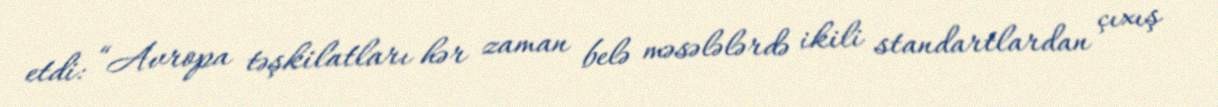
etdi: “Avropa təşkilatları hər zaman belə məsələlərdə ikili standartlardan çıxış